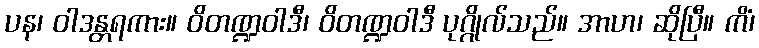
ပန၊ ဝါဒန္တရကား။ ဝိတဏ္ဍဝါဒီ၊ ဝိတဏ္ဍဝါဒီ ပုဂ္ဂိုလ်သည်။ အာဟ၊ ဆိုပြီ။ ကိံ၊